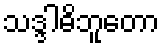
သဒ္ဒါဓိဘူတော